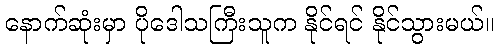
နောက်ဆုံးမှာ ပိုဒေါသကြီးသူက နိုင်ရင် နိုင်သွားမယ်။